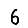
Digit: 6